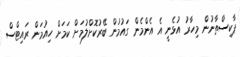
ޕާކިސްތާނުން މިހާރު އުޅެނީ އެ އެންމެން ގައުމުން ބޭރުކޮށްލުމަށް ކަމަށް ހިއުމަން ރައިޓްސް